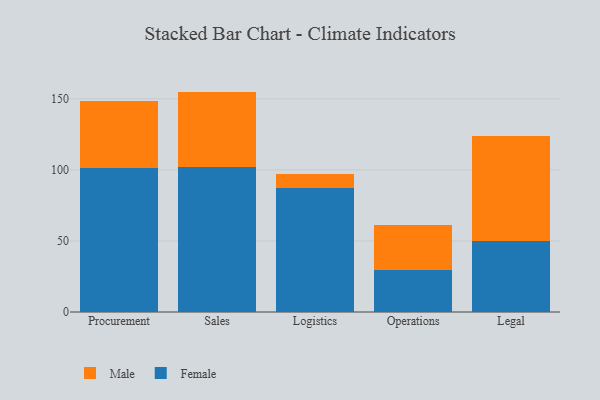
{"axis": {"x": "Department", "y": "Bounce Rate (%)"}, "legend": ["Female", "Male"], "data": [{"x": "Procurement", "y": 101.5, "type": "Female"}, {"x": "Procurement", "y": 47.3, "type": "Male"}, {"x": "Sales", "y": 102.1, "type": "Female"}, {"x": "Sales", "y": 53.0, "type": "Male"}, {"x": "Logistics", "y": 87.1, "type": "Female"}, {"x": "Logistics", "y": 10.2, "type": "Male"}, {"x": "Operations", "y": 29.9, "type": "Female"}, {"x": "Operations", "y": 31.4, "type": "Male"}, {"x": "Legal", "y": 50.3, "type": "Female"}, {"x": "Legal", "y": 73.8, "type": "Male"}]}